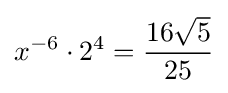
x^{-6}\cdot 2^{4}={\frac {16{\sqrt {5}}}{25}}